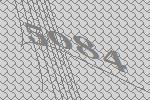
5084